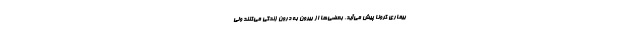
بیماری کرونا پیش می‌آید، بعضی‌ها از بیرون به درون زندگی می‌کنند ولی